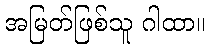
အမြတ်ဖြစ်သူ ဂါထာ။